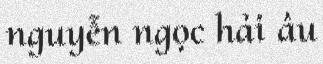
nguyễn ngọc hải âu